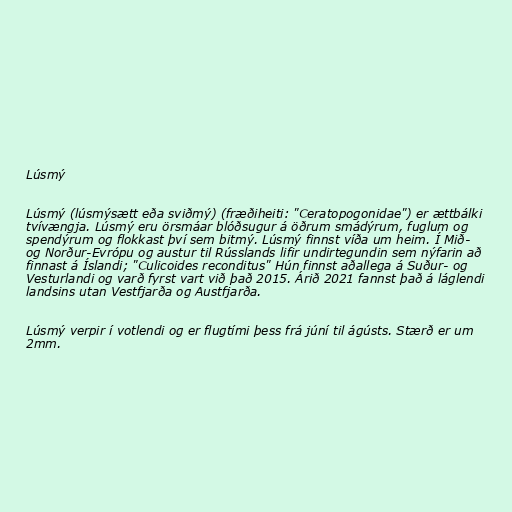
Lúsmý

Lúsmý (lúsmýsætt eða sviðmý) (fræðiheiti: "Ceratopogonidae") er ættbálki
tvívængja. Lúsmý eru örsmáar blóðsugur á öðrum smádýrum, fuglum og
spendýrum og flokkast því sem bitmý. Lúsmý finnst víða um heim. Í Mið-
og Norður-Evrópu og austur til Rússlands lifir undirtegundin sem nýfarin að
finnast á Íslandi; "Culicoides reconditus" Hún finnst aðallega á Suður- og
Vesturlandi og varð fyrst vart við það 2015. Árið 2021 fannst það á láglendi
landsins utan Vestfjarða og Austfjarða.

Lúsmý verpir í votlendi og er flugtími þess frá júní til ágústs. Stærð er um
2mm.